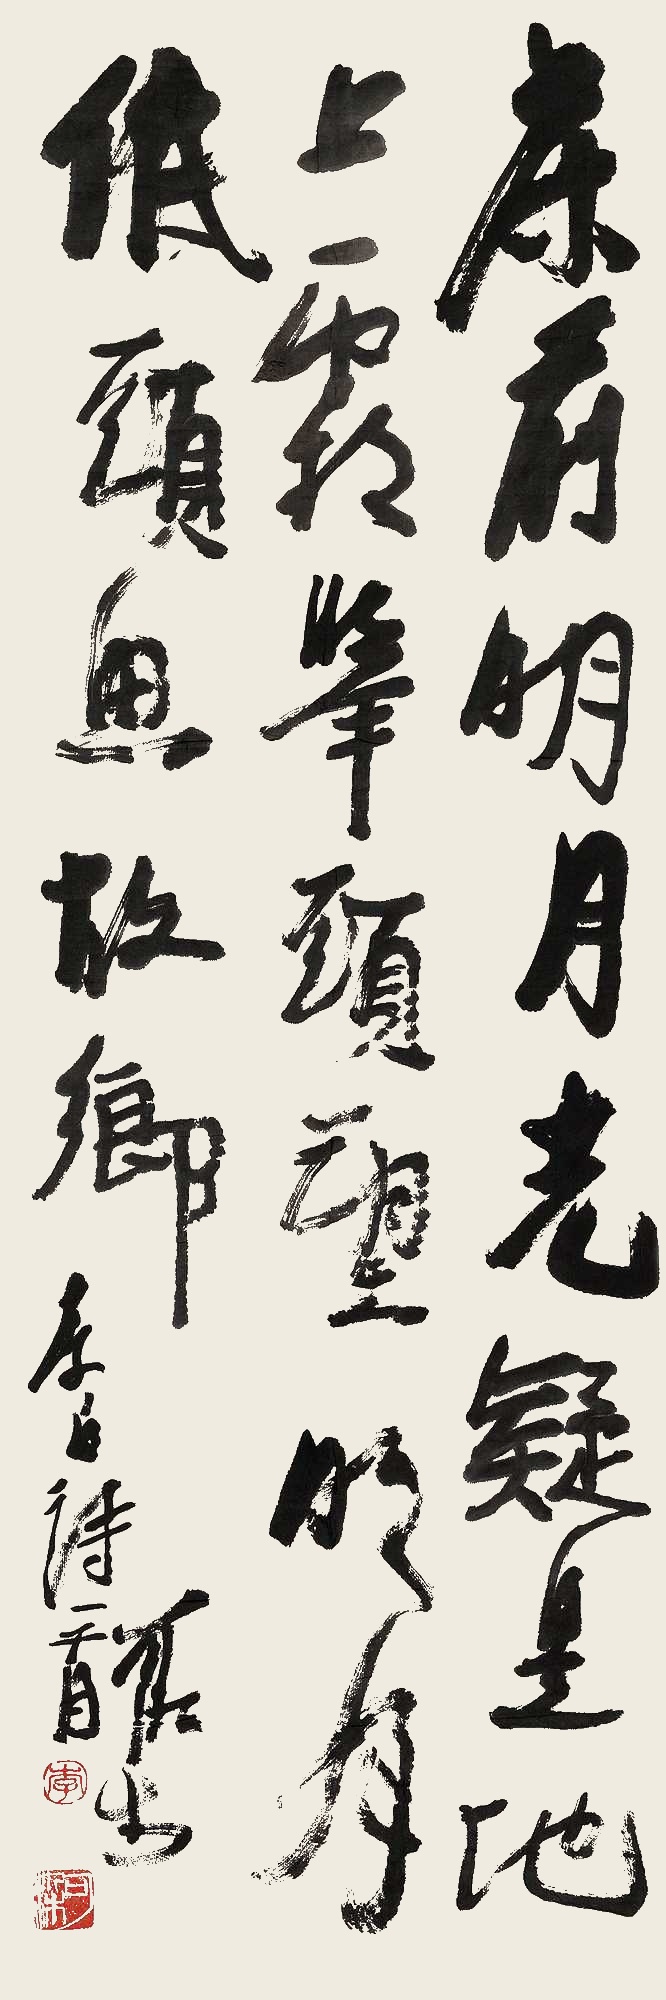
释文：床前明月光，疑是地上霜。举头望明月，低头思故乡。李白诗一首。可染。